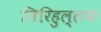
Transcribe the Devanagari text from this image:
निरिहुल्लक